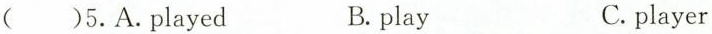
( )5.A.Played B.play C.player